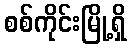
စစ်ကိုင်းမြို့ရှိ